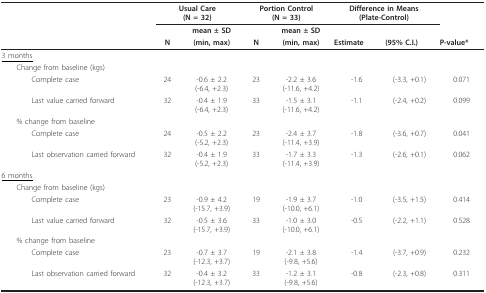
<table><thead><tr><td></td><td colspan="2"><b>Usual Care(N = 32)</b></td><td colspan="2"><b>Portion Control(N = 33)</b></td><td colspan="2"><b>Difference in Means(Plate-Control)</b></td><td></td></tr><tr><td></td><td></td><td><b>mean ± SD</b></td><td></td><td><b>mean ± SD</b></td><td></td><td></td><td></td></tr><tr><td></td><td><b>N</b></td><td><b>(min, max)</b></td><td><b>N</b></td><td><b>(min, max)</b></td><td><b>Estimate</b></td><td><b>(95% C.I.)</b></td><td><b>P-value*</b></td></tr></thead><tbody><tr><td><underline>3 months</underline></td><td></td><td></td><td></td><td></td><td></td><td></td><td></td></tr><tr><td> Change from baseline (kgs)</td><td></td><td></td><td></td><td></td><td></td><td></td><td></td></tr><tr><td>Complete case</td><td>24</td><td>-0.6 ± 2.2(-6.4, +2.3)</td><td>23</td><td>-2.2 ± 3.6(-11.6, +4.2)</td><td>-1.6</td><td>(-3.3, +0.1)</td><td>0.071</td></tr><tr><td>Last value carried forward</td><td>32</td><td>-0.4 ± 1.9(-6.4, +2.3)</td><td>33</td><td>-1.5 ± 3.1(-11.6, +4.2)</td><td>-1.1</td><td>(-2.4, +0.2)</td><td>0.099</td></tr><tr><td> % change from baseline</td><td></td><td></td><td></td><td></td><td></td><td></td><td></td></tr><tr><td>Complete case</td><td>24</td><td>-0.5 ± 2.2(-5.2, +2.3)</td><td>23</td><td>-2.4 ± 3.7(-11.4, +3.9)</td><td>-1.8</td><td>(-3.6, +0.7)</td><td>0.041</td></tr><tr><td>Last observation carried forward</td><td>32</td><td>-0.4 ± 1.9(-5.2, +2.3)</td><td>33</td><td>-1.7 ± 3.3(-11.4, +3.9)</td><td>-1.3</td><td>(-2.6, +0.1)</td><td>0.062</td></tr><tr><td><underline>6 months</underline></td><td></td><td></td><td></td><td></td><td></td><td></td><td></td></tr><tr><td> Change from baseline (kgs)</td><td></td><td></td><td></td><td></td><td></td><td></td><td></td></tr><tr><td>Complete case</td><td>23</td><td>-0.9 ± 4.2(-15.7, +3.9)</td><td>19</td><td>-1.9 ± 3.7(-10.0, +6.1)</td><td>-1.0</td><td>(-3.5, +1.5)</td><td>0.414</td></tr><tr><td>Last value carried forward</td><td>32</td><td>-0.5 ± 3.6(-15.7, +3.9)</td><td>33</td><td>-1.0 ± 3.0(-10.0, +6.1)</td><td>-0.5</td><td>(-2.2, +1.1)</td><td>0.528</td></tr><tr><td> % change from baseline</td><td></td><td></td><td></td><td></td><td></td><td></td><td></td></tr><tr><td>Complete case</td><td>23</td><td>-0.7 ± 3.7(-12.3, +3.7)</td><td>19</td><td>-2.1 ± 3.8(-9.8, +5.6)</td><td>-1.4</td><td>(-3.7, +0.9)</td><td>0.232</td></tr><tr><td>Last observation carried forward</td><td>32</td><td>-0.4 ± 3.2(-12.3, +3.7)</td><td>33</td><td>-1.2 ± 3.1(-9.8, +5.6)</td><td>-0.8</td><td>(-2.3, +0.8)</td><td>0.311</td></tr></tbody></table>